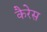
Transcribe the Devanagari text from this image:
कैरेस